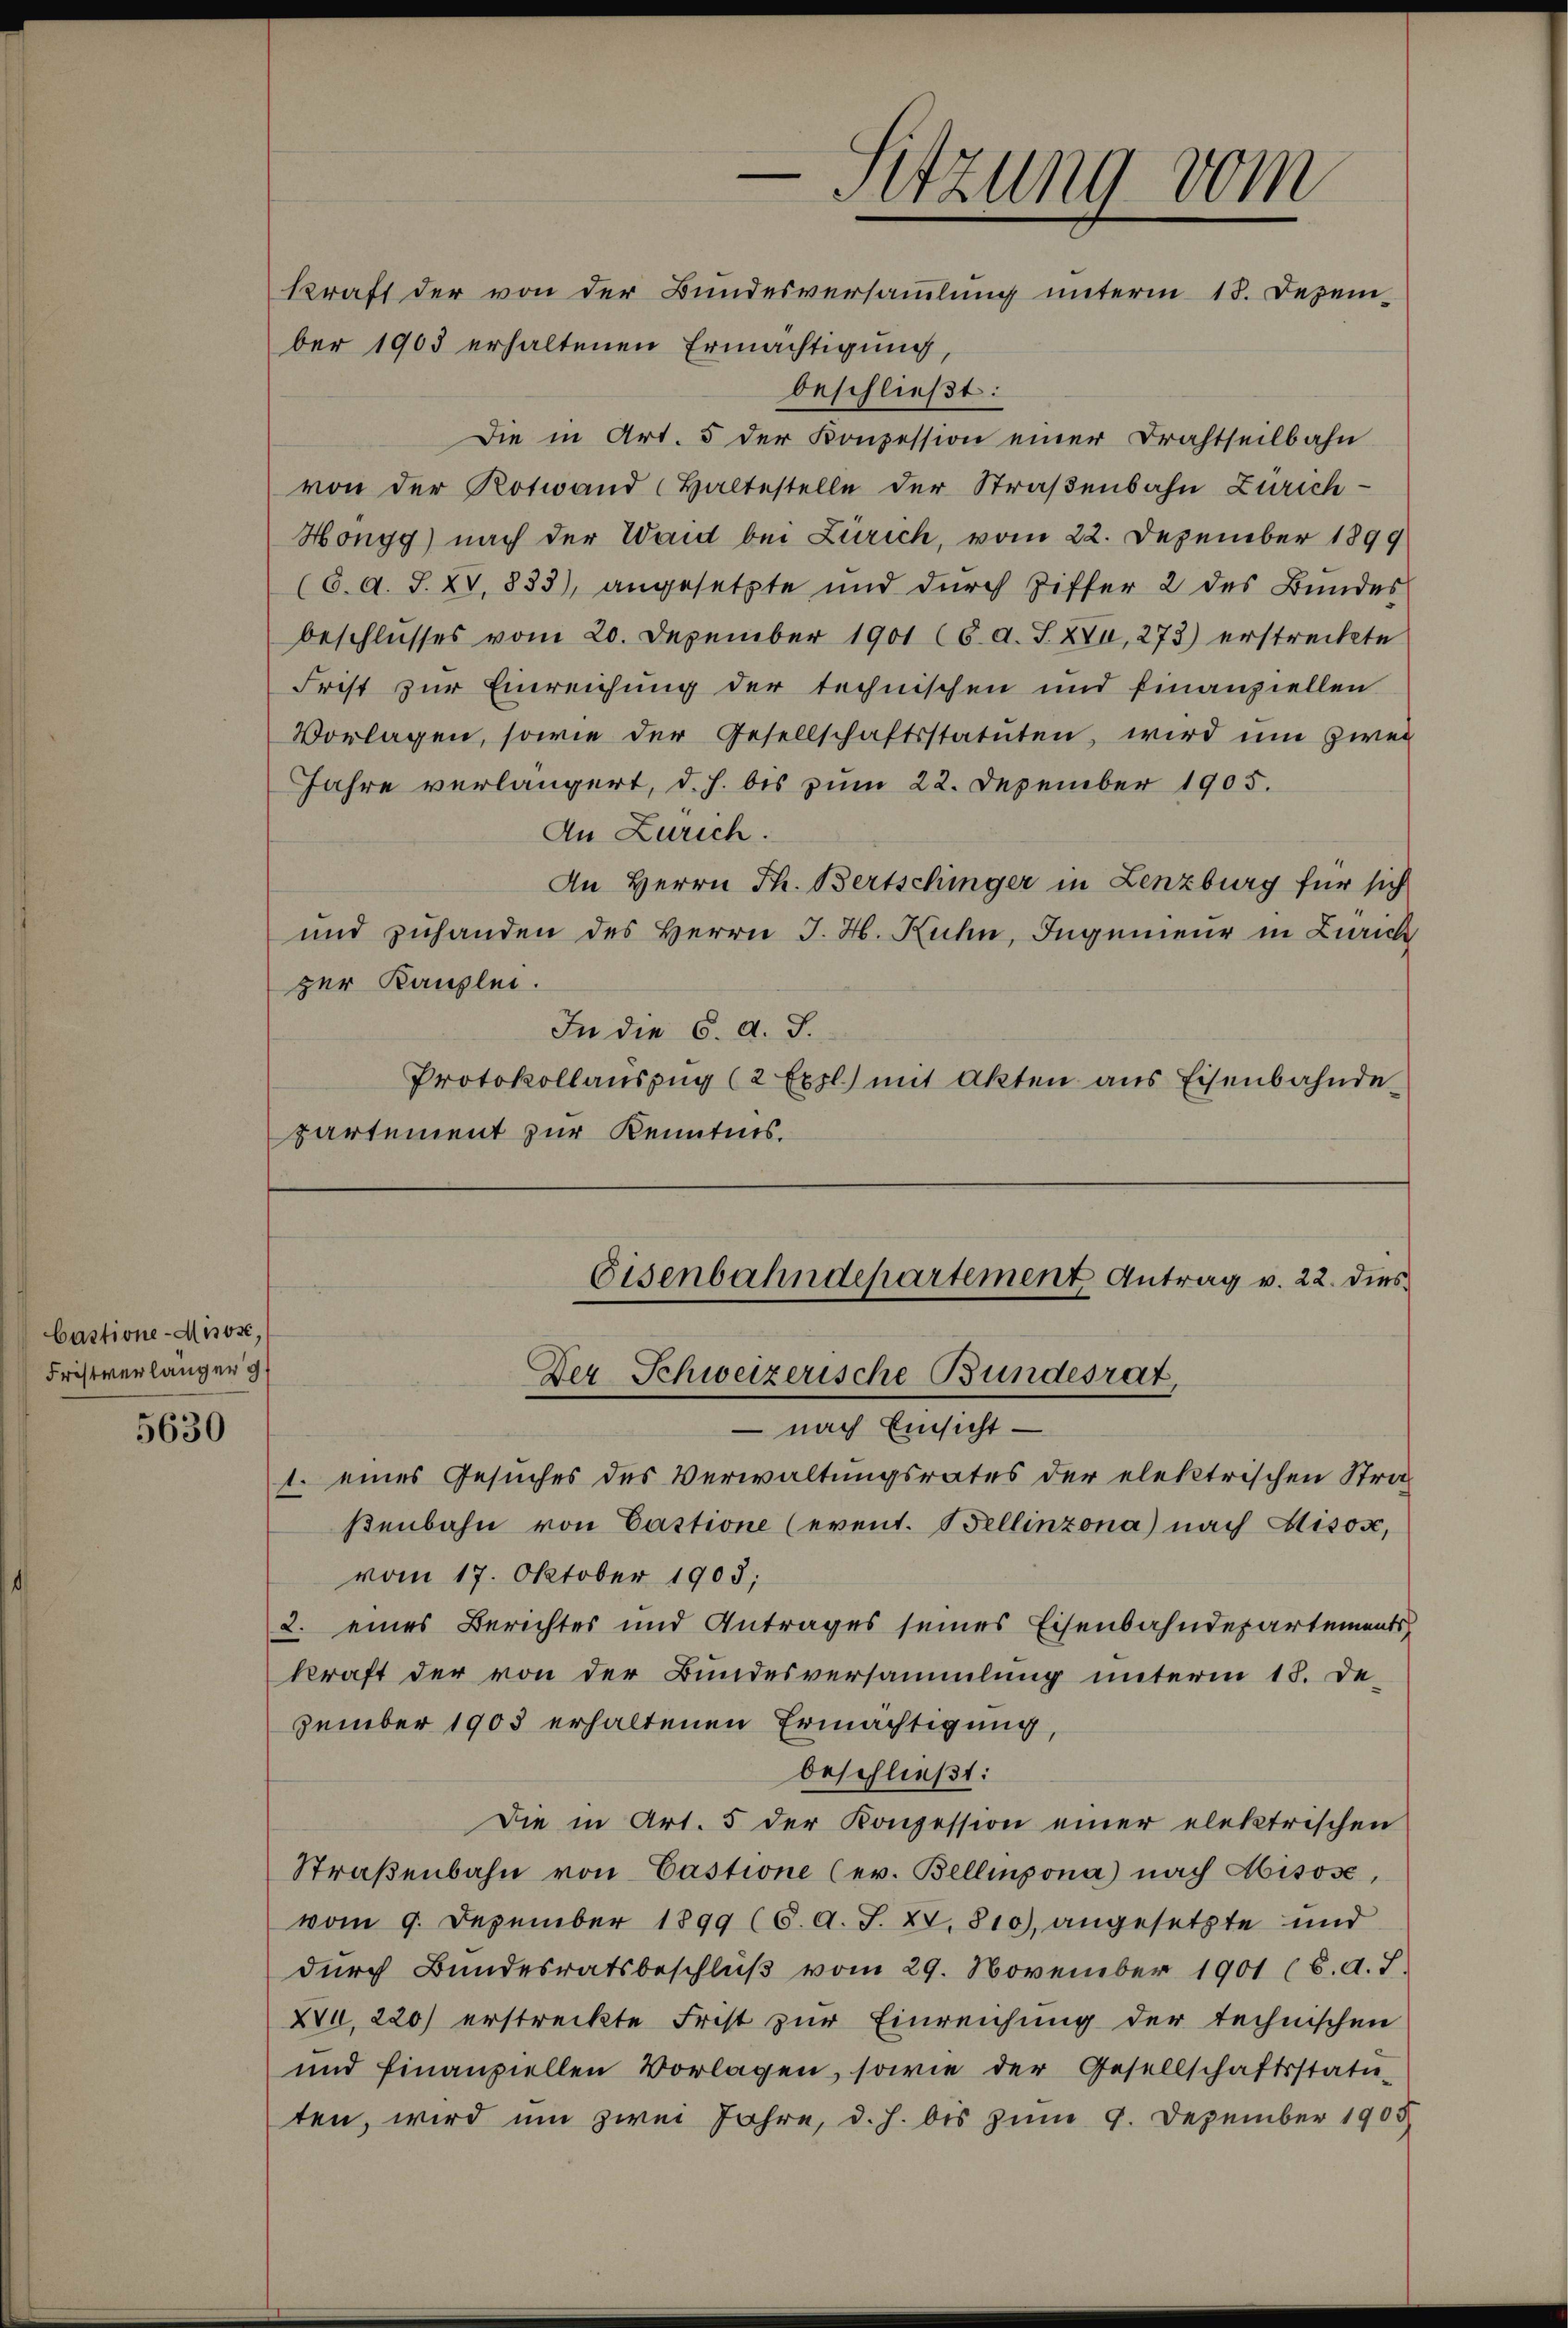
bastione Misose,
Fristverlänger g

5630

ber 1903 erhaltenen Ermächtigung
beschließt:
Die in Art. 5 der Konzession einer Drahtseilbahn
von der Kotwand Haltestelle der Straßenbahn Zürich¬
Hongg) nach der Waid bei Zürich, vom 22. Dezember 1899
(6. d. J. XV, 833), angesetzte und durch Ziffer 2 des Bundes
beschlusses vom 20. Dezember 1901 (6. d. S. XV, 273) erstreckte
Frist zur Einreichung der technischen und finanziellen
Vorlagen, sowie der Gesellschaftsstatuten, wird um zwei
Jahre verlängert, d. h. bis zum 22. Dezember 1905.
An Zürich.
An Herrn Th. Bertschinger in Lenzburg für sich
und zuhanden des Herrn J. H. Kuhn, Ingenieur in Zürich
zer Kanzlei.
In die 6. d. J.
Protokollaŭszŭg (2 Expl.) mit Akten aus Eisenbahnde
partement zur Kenntnis.

-Sitzung vom
kraft der von der Bundesversammlung unterm 18. Dezem-

Eisenbahndepartement Antrag v. 22. dies
Der Schweizerische Bundesrat

– nach Einsicht —
1. eines Gesuches des Verwaltungsrates der elektrischen Straf
ßenbahn von Castione (event. Bellinzona) nach Misose,
vom 17. Oktober 1905;
2. eines Berichtes und Antrages seines Eisenbahndepartements
kraft der von der Bundesversammlung unterm 18. De-
zember 1903 erhaltenen Ermächtigung,
beschließt:
Die in Art. 5 der Konzession einer elektrischen
Straβenbahn von Castione (ev. Bellipona) nach Aisose,
vom 9. Dezember 1899 (6. d. J. XV. 810), angesetzte und
durch Bundesratsbeschlŭβ vom 29. November 1901 (6. d. J
XVI, 220) erstreckte Frist zur Einreichung der technischen
und finanziellen Vorlagen, sowie der Gesellschaftsstatu-
ten, wird um zwei Jahre, d. h. bis zum 9. Dezember 1905